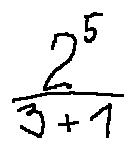
\frac { 2 ^ { 5 } } { 3 + 1 }